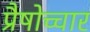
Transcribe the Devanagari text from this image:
प्रैषोच्चार